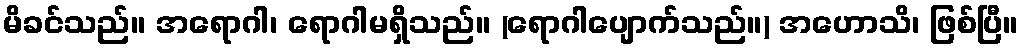
မိခင်သည်။ အရောဂါ၊ ရောဂါမရှိသည်။ (ရောဂါပျောက်သည်။) အဟောသိ၊ ဖြစ်ပြီ။